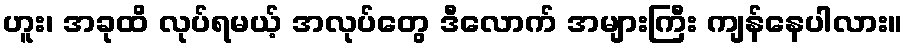
ဟူး၊ အခုထိ လုပ်ရမယ့် အလုပ်တွေ ဒီလောက် အများကြီး ကျန်နေပါလား။